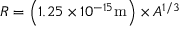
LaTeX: R = \left( 1 . 2 5 \times 1 0 ^ { - 1 5 } \mathrm { m } \right) \times A ^ { 1 / 3 }